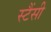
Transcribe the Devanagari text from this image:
स्टैंसी